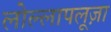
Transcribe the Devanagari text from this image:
लोल्लापलूज़ा